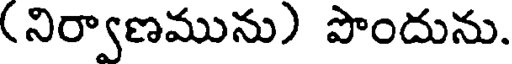
(నిర్వాణమును) పొందును.